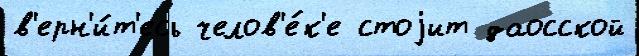
в'ерн'и́т'есь челов'е́к'е стоjит даосской